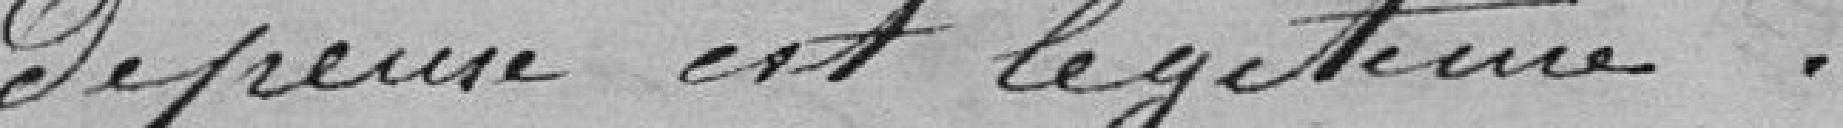
dépense est légitime.